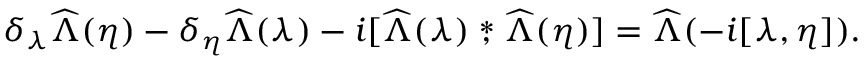
\delta _ { \lambda } \widehat \Lambda ( \eta ) - \delta _ { \eta } \widehat \Lambda ( \lambda ) - i [ \widehat \Lambda ( \lambda ) \stackrel { * } { , } \widehat \Lambda ( \eta ) ] = \widehat \Lambda ( - i [ \lambda , \eta ] ) .